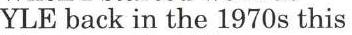
YLE back in the 1970s this